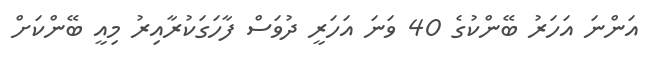
އަންނަ އަހަރު ބޭންކުގެ 40 ވަނަ އަހަރީ ދުވަސް ފާހަގަކުރާއިރު މިއީ ބޭންކަށް